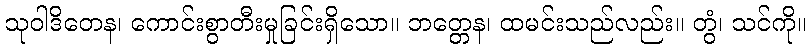
သုဝါဒိတေန၊ ကောင်းစွာတီးမှုခြင်းရှိသော။ ဘတ္တေန၊ ထမင်းသည်လည်း။ တွံ၊ သင်ကို။